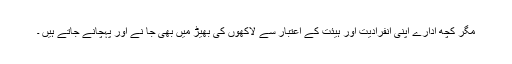
مگر کچھ ادارے اپنی انفرادیت اور ہیئت کے اعتبار سے لاکھوں کی بھیڑ میں بھی جا نے اور پہچانے جاتے ہیں ۔